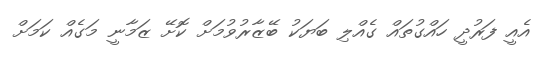
އެއީ ފަރުދީ ހައްގުތައް ގެއްލި ބަޔަކު ބޭޒާރުވުމަށް ކޮށޭ ޒަމާނީ މަގެއް ކަމަށް